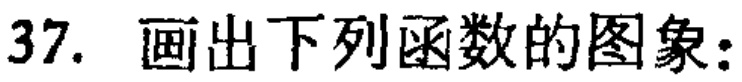
37. 画出下列函数的图象：